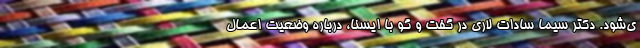
ی‌شود. دکتر سیما سادات لاری در گفت و گو با ایسنا، درباره وضعیت اعمال